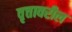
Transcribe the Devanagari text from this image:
वृत्तावरील